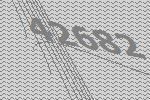
42682